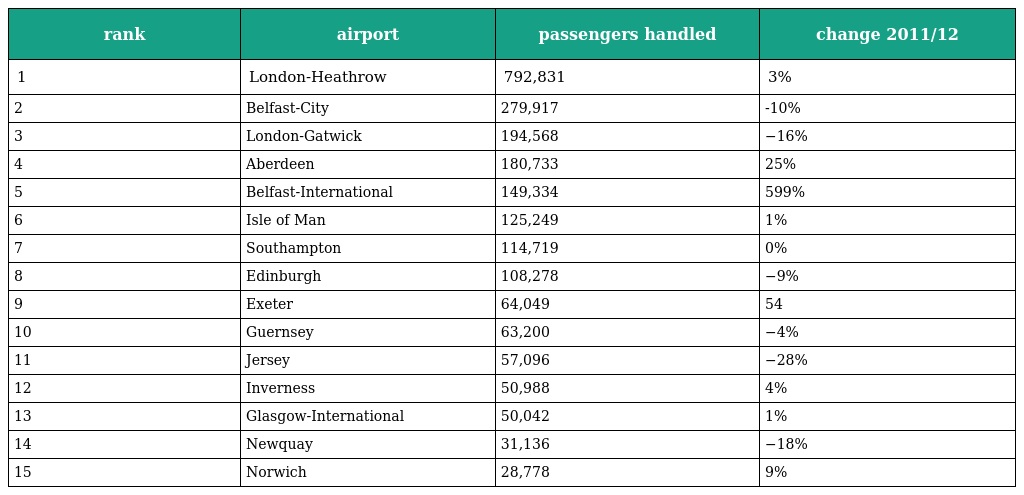
| rank | airport | passengers handled | change 2011/12 |
 | --- | --- | --- | --- |
 | 1 | London-Heathrow | 792,831 | 3% |
 | 2 | Belfast-City | 279,917 | -10% |
 | 3 | London-Gatwick | 194,568 | −16% |
 | 4 | Aberdeen | 180,733 | 25% |
 | 5 | Belfast-International | 149,334 | 599% |
 | 6 | Isle of Man | 125,249 | 1% |
 | 7 | Southampton | 114,719 | 0% |
 | 8 | Edinburgh | 108,278 | −9% |
 | 9 | Exeter | 64,049 | 54 |
 | 10 | Guernsey | 63,200 | −4% |
 | 11 | Jersey | 57,096 | −28% |
 | 12 | Inverness | 50,988 | 4% |
 | 13 | Glasgow-International | 50,042 | 1% |
 | 14 | Newquay | 31,136 | −18% |
 | 15 | Norwich | 28,778 | 9% |